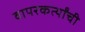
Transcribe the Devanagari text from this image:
वापरकर्त्यांची